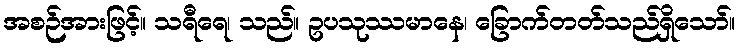
အစဉ်အားဖြင့်။ သရီရေ၊ သည်။ ဥပသုဿမာနေ၊ ခြောက်တတ်သည်ရှိသော်။